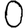
Digit: 0